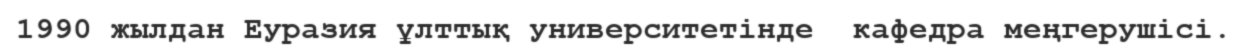
1990 жылдан Еуразия ұлттық университетінде  кафедра меңгерушісі.